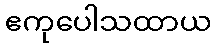
ဧကုပေါသထာယ